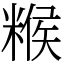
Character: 糇